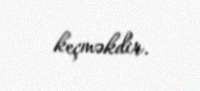
keçməkdir.